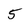
Character: 5